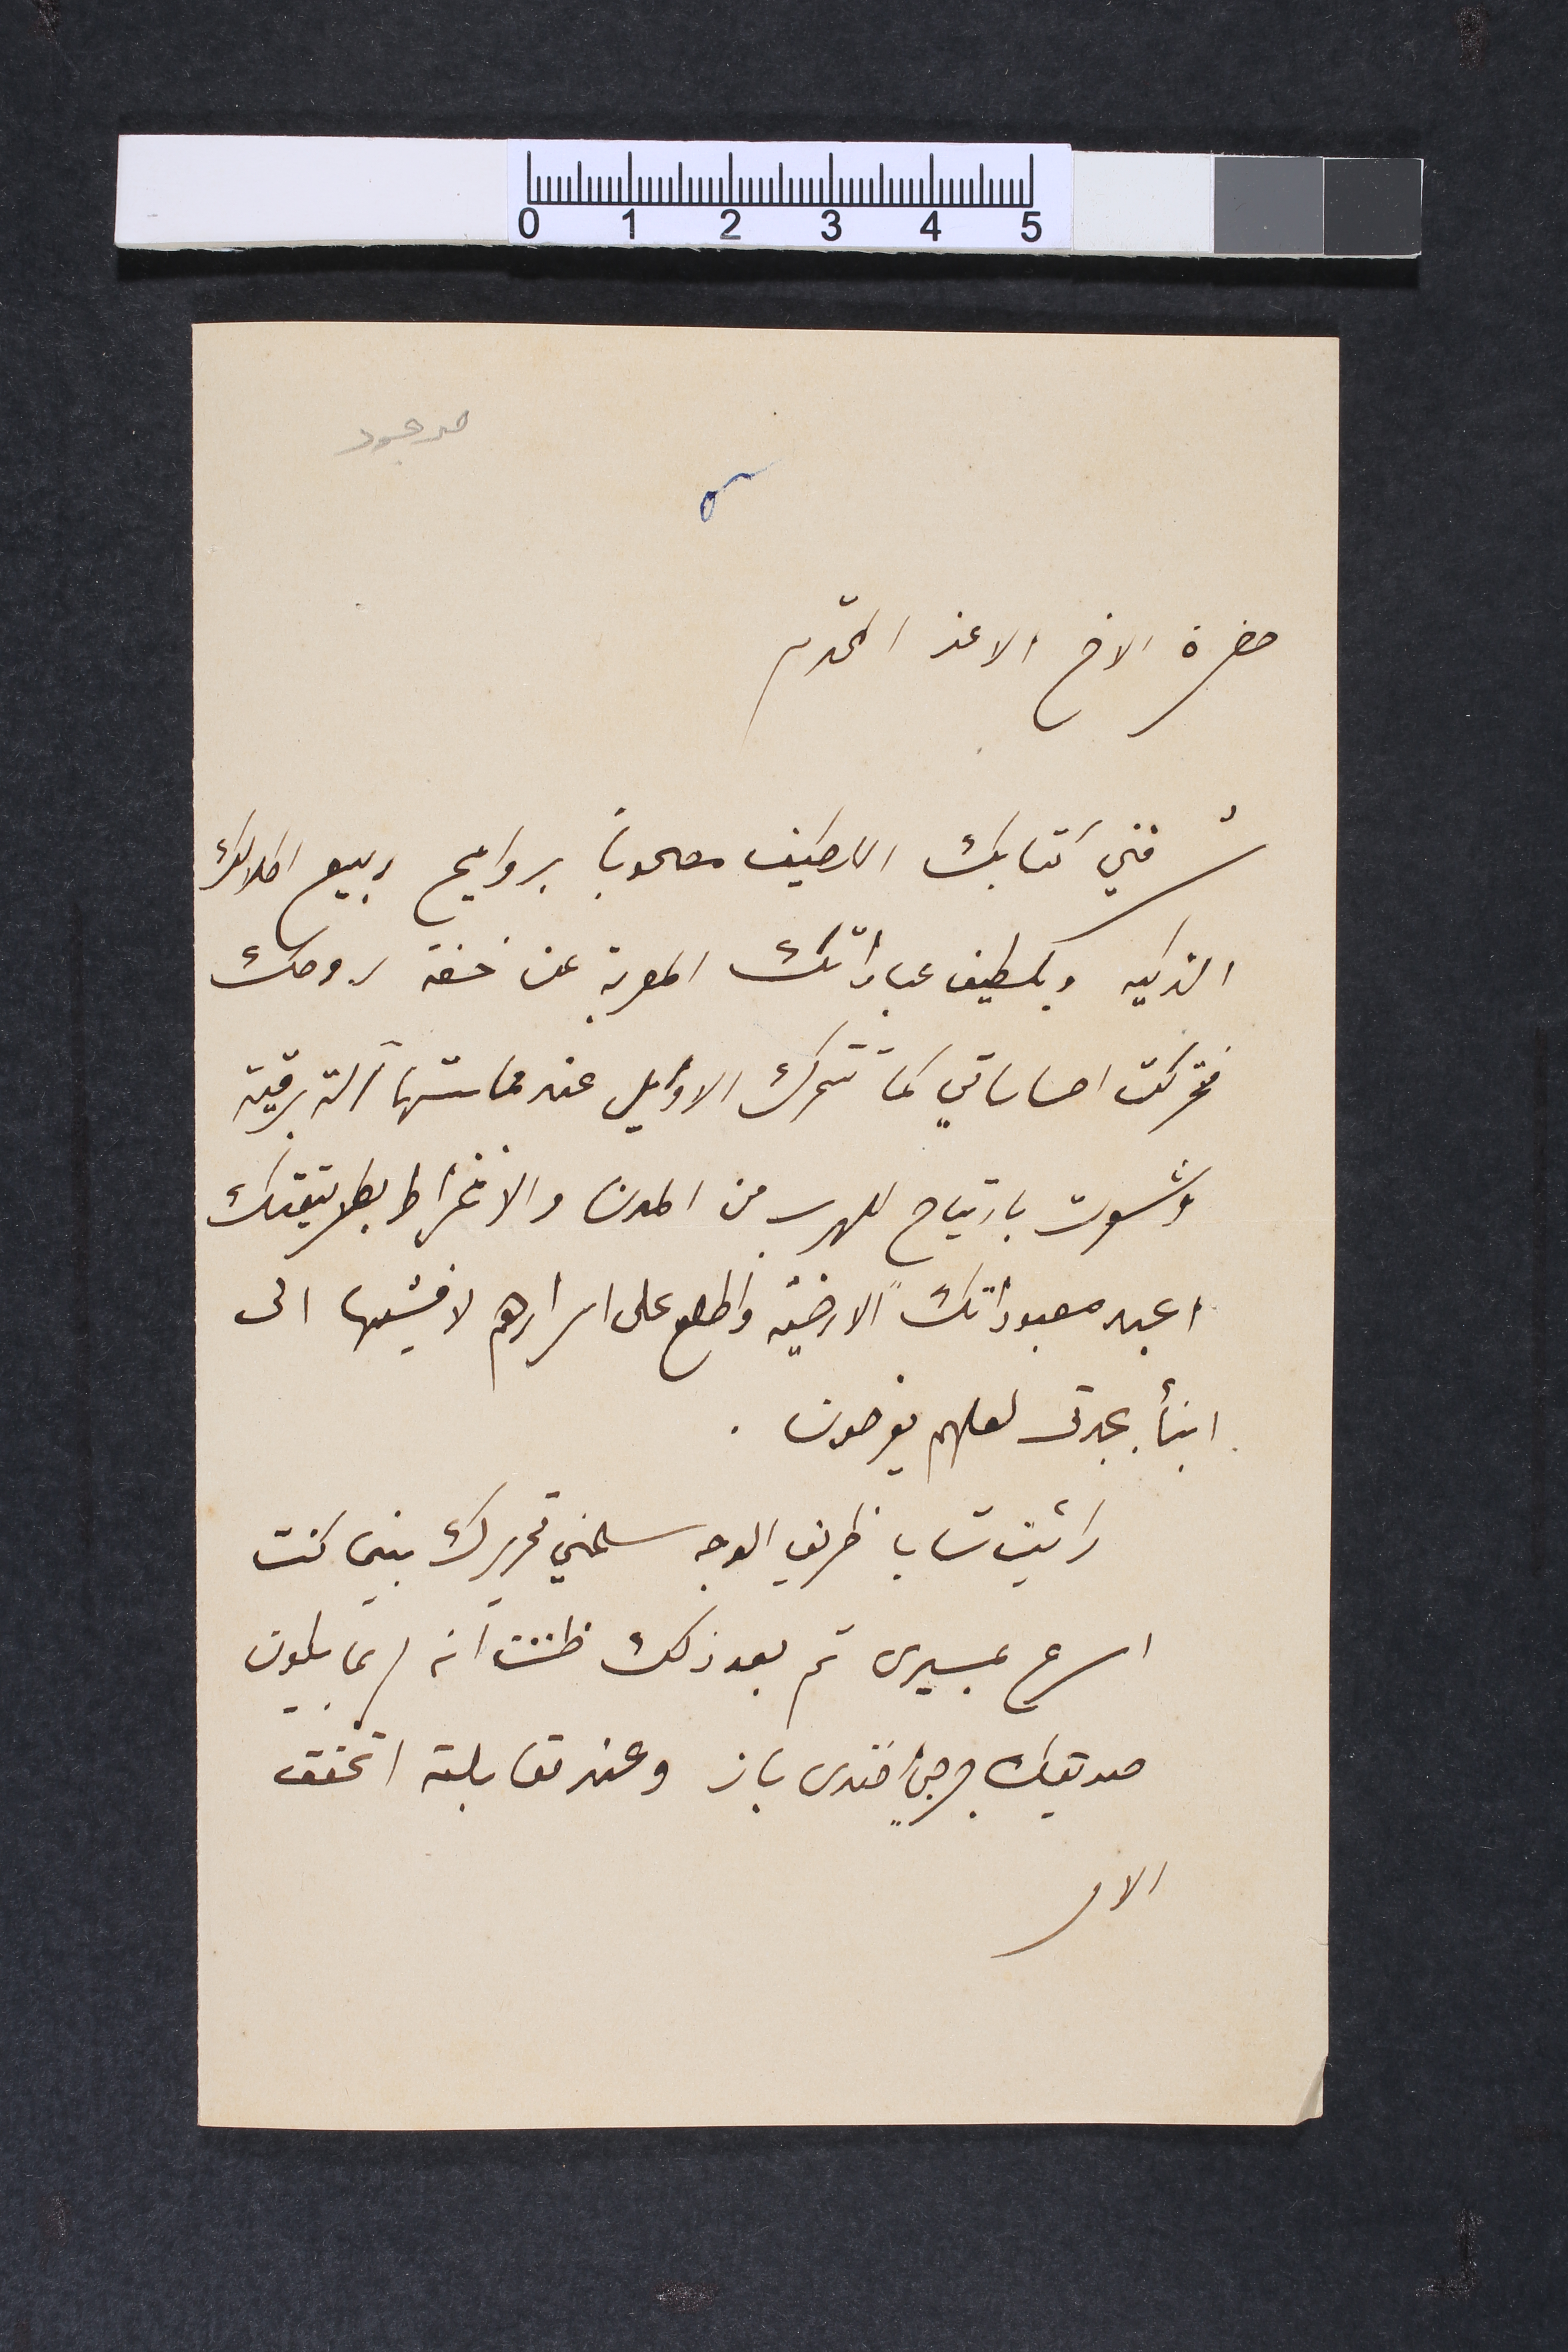
موجود
حضرة الاخ الاعز المحترم
شرفني كتابك اللطيف مصحوباً بروايح ربيع اطلالك
الذكيه وبلطيف عباراتك المعربة عن خفة روحك
فتحركت احساساتي كما تتحرك الاوايل عند حماستها آلة برقية
وشعرت بارتياح للهرب من المدن والانخراط بطريقتك
اعبد معبوداتك الارضية واطلع على اسرارهم لافشيها الى
ابنأ جيرتى لعلهم يفرحون.
رأيت شابا ظريف الوجه سلمني تحريرك بينما كنت
اسرع بمسيرى ثم بعد ذلك ظننت أنه لربما يكون
صديقك جرجي افندى باز وعند مقابلته اتحقق
الامر